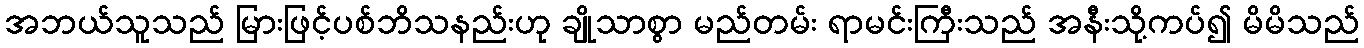
အဘယ်သူသည် မြားဖြင့်ပစ်ဘိသနည်းဟု ချိုသာစွာ မည်တမ်း ရာမင်းကြီးသည် အနီးသို့ကပ်၍ မိမိသည်